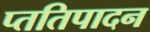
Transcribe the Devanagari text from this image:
प्ततिपादन